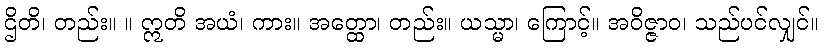
ဌိတိ၊ တည်း။ ။ ဣတိ အယံ၊ ကား။ အတ္ထော၊ တည်း။ ယသ္မာ၊ ကြောင့်။ အဝိဇ္ဇာဝ၊ သည်ပင်လျှင်။